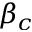
\beta _ { c }